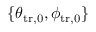
\{ \theta _ { \mathrm { t r , 0 } } , \phi _ { \mathrm { t r , 0 } } \}